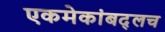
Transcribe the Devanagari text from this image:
एकमेकांबद्लच